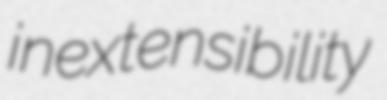
inextensibility